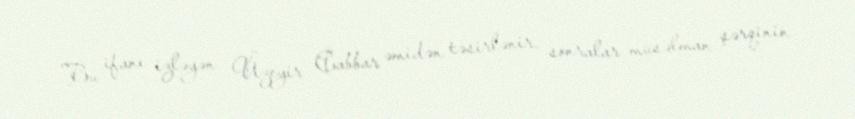
Bu ifanı izləyən Üzeyir Cabbar əmidən təsirlənir, sonralar müsəlman şərqinin